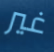
غير